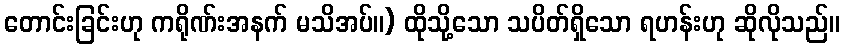
တောင်းခြင်းဟု ကရိုဏ်းအနက် မသိအပ်။) ထိုသို့သော သပိတ်ရှိသော ရဟန်းဟု ဆိုလိုသည်။